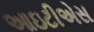
આઇટીએસ